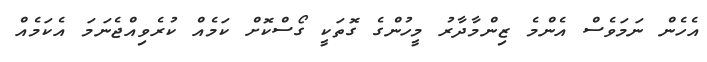
އެހެން ނަމަވެސް އެންމެ ޒިންމާދާރު މީހުންގެ ގޮތަކީ ގޯސްކޮށް ކަމެއް ކުރެވިއްޖެނަމަ އެކަމެއް